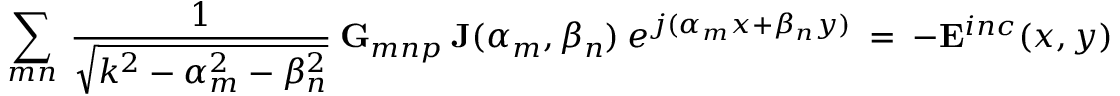
~ \sum _ { m n } ~ { \frac { 1 } { \sqrt { k ^ { 2 } - \alpha _ { m } ^ { 2 } - \beta _ { n } ^ { 2 } } } } ~ \mathbf { G } _ { m n p } ~ \mathbf { J } ( \alpha _ { m } , \beta _ { n } ) ~ e ^ { j ( \alpha _ { m } x + \beta _ { n } y ) } ~ = ~ - \mathbf { E } ^ { i n c } ( x , y ) ~ ~ ~ ~ ~ ~ ~ ~ ~ ~ ~ ~ ~ ~ ~ ~ ( 3 . 3 )